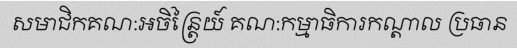
សមាជិកគណ:អចិន្ត្រៃយ៍ គណ:កម្មាធិការកណ្តាល ប្រធាន